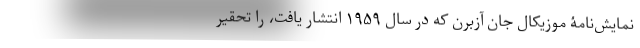
نمایش‌نامۀ موزیکال جان آزبُرن که در سال ۱۹۵۹ انتشار یافت، را تحقیر